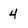
Character: 4